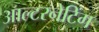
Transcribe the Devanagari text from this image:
आल्टरनेटिंग